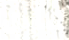
سأحل